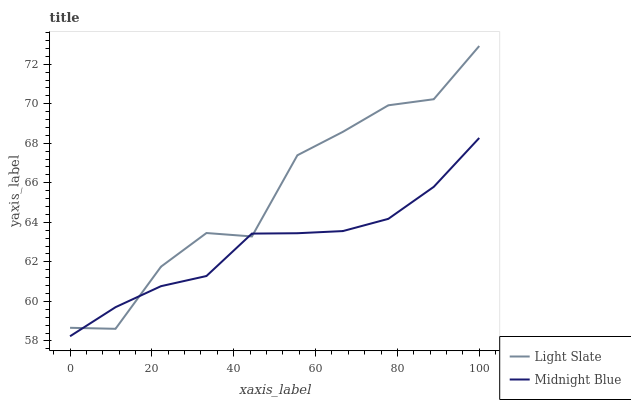
| xaxis_label | Light Slate | Midnight Blue |
 | --- | --- | --- |
 | 0 | 58.7 | 58.2 |
 | 11.1 | 58.6 | 59.7 |
 | 22.2 | 61.8 | 60.8 |
 | 33.3 | 63.5 | 61.3 |
 | 44.4 | 63.3 | 63.4 |
 | 55.6 | 67.4 | 63.4 |
 | 66.7 | 68.6 | 63.6 |
 | 77.8 | 69.9 | 64.2 |
 | 88.9 | 70.2 | 65.8 |
 | 100 | 72.9 | 68.3 |